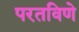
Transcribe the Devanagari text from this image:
परतविणे